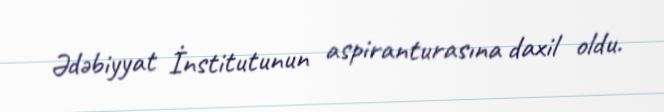
Ədəbiyyat İnstitutunun aspiranturasına daxil oldu.